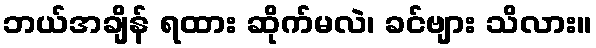
ဘယ်အချိန် ရထား ဆိုက်မလဲ၊ ခင်ဗျား သိလား။